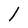
Character: l